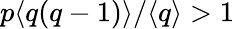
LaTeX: p\langle{q(q-1)}\rangle/\langle{q}\rangle>1